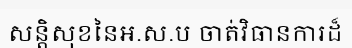
សន្តិសុខនៃអ.ស.ប ចាត់វិធានការដ៏